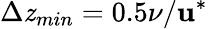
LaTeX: \Delta\mathit{z}_{min}=0.5\nu/\mathbf{u}^{*}